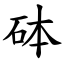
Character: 砵